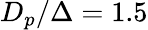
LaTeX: D_{p}/\Delta=1.5